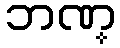
ဘဏ္